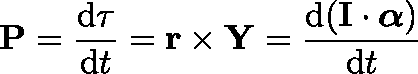
{ \boldsymbol { \mathrm { P } } } = { \frac { \mathrm { { d } } \mathbf { \tau } } { \mathrm { { d } } t } } = \mathbf { r } \times \mathbf { Y } = { \frac { \mathrm { { d } } ( \mathbf { I } \cdot { \boldsymbol { \alpha } } ) } { \mathrm { { d } } t } }